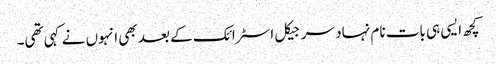
کچھ ایسی ہی بات نام نہاد سرجیکل اسٹرائک کے بعد بھی انہوں نے کہی تھی۔